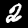
Label: 2